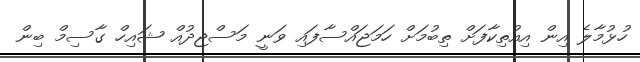
ހުޅުމާލެ އިން އިއުތިކާފަށް ތިބުމަށް ހަމަޖައްސާފައި ވަނީ މަސްޖިދުއް ޝައިހް ގާސިމް ބިން